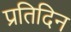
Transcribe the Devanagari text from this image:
प्रतिदिन